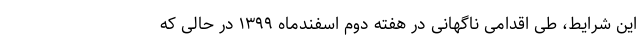
این شرایط، طی اقدامی ناگهانی در هفته دوم اسفندماه ۱۳۹۹ در حالی که